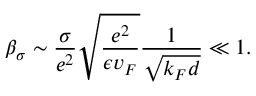
\beta _ { \sigma } \sim \frac { \sigma } { e ^ { 2 } } \sqrt { \frac { e ^ { 2 } } { \epsilon v _ { F } } } \frac { 1 } { \sqrt { k _ { F } d } } \ll 1 .